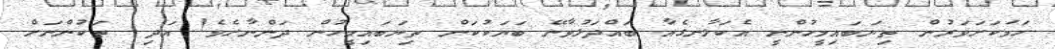
ހަމަކަށަވަރުން ތިޔަބައިމީހުންނީ އެކަލާނގެއާ ބައްދަލުވާނޭ ބަޔަކުކަން ތިޔަބައިމީހުން ދަންނާށެވެ! އަދި  ތަކުންނަށް